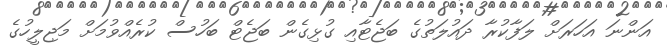
އަންނަ އަހަރަށް ލަފާކުރާ ދައުލަތުގެ ބަޖެޓާއި ގުޅިގެން ބަޖެޓް ބަހުސް ކުރެއްވުމަށް މަޖިލީހުގެ